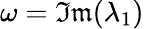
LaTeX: \omega=\mathfrak{Im}(\lambda_{1})